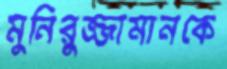
মুনিরুজ্জামানকে